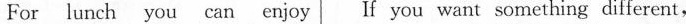
For lunch you can enjoy If you want something different,